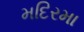
મદિરમા